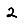
Digit: 2